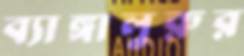
ব্যাঙ্গালুরুর